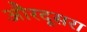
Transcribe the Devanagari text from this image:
औरदूसरा